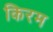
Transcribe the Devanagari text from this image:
किरम